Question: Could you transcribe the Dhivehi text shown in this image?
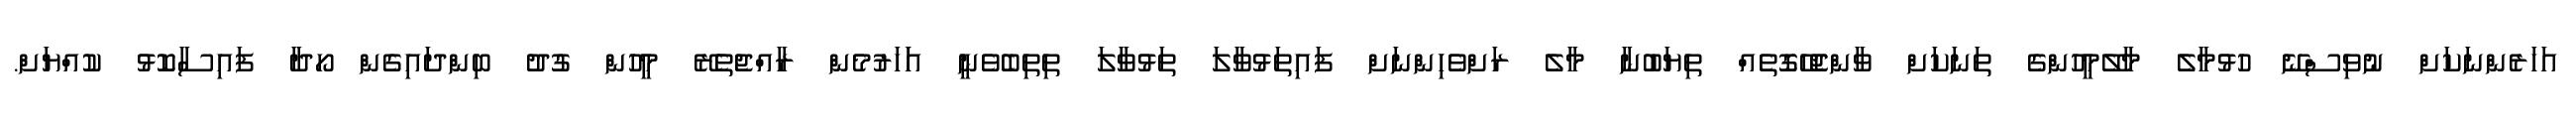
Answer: އަހަރެންނަކަށް ނުވިސްނޭ ހުޅުމާލެ މާލޭމީހުންގެ ތަނަކަށް ވާންޖެހޭގޮތެއް ތިޔަބުނާ މާލެ ރަށްވެހިންނަށް ފައިތަޅުވާލަ ތަޅުވާލަ ތިތިބެވެނީ އަަހަރުމެން ރާއްޖެތެރޭ މީހުން ގުދު ބިންދައިގެން ހޯދާ ފައިސާކޮޅު ކުއްޔަށް.